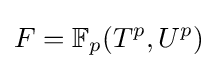
F=\mathbb {F} _{p}(T^{p},U^{p})